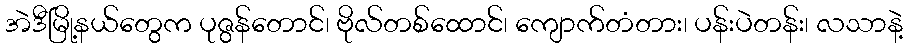
အဲဒီမြို့နယ်တွေက ပုဇွန်တောင်၊ ဗိုလ်တစ်ထောင်၊ ကျောက်တံတား၊ ပန်းပဲတန်း၊ လသာနဲ့